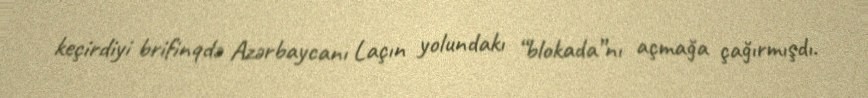
keçirdiyi brifinqdə Azərbaycanı Laçın yolundakı “blokada”nı açmağa çağırmışdı.